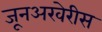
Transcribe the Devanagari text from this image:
जूनअखेरीस